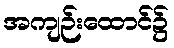
အကျဉ်းထောင်၌